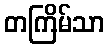
တကြိမ်သာ